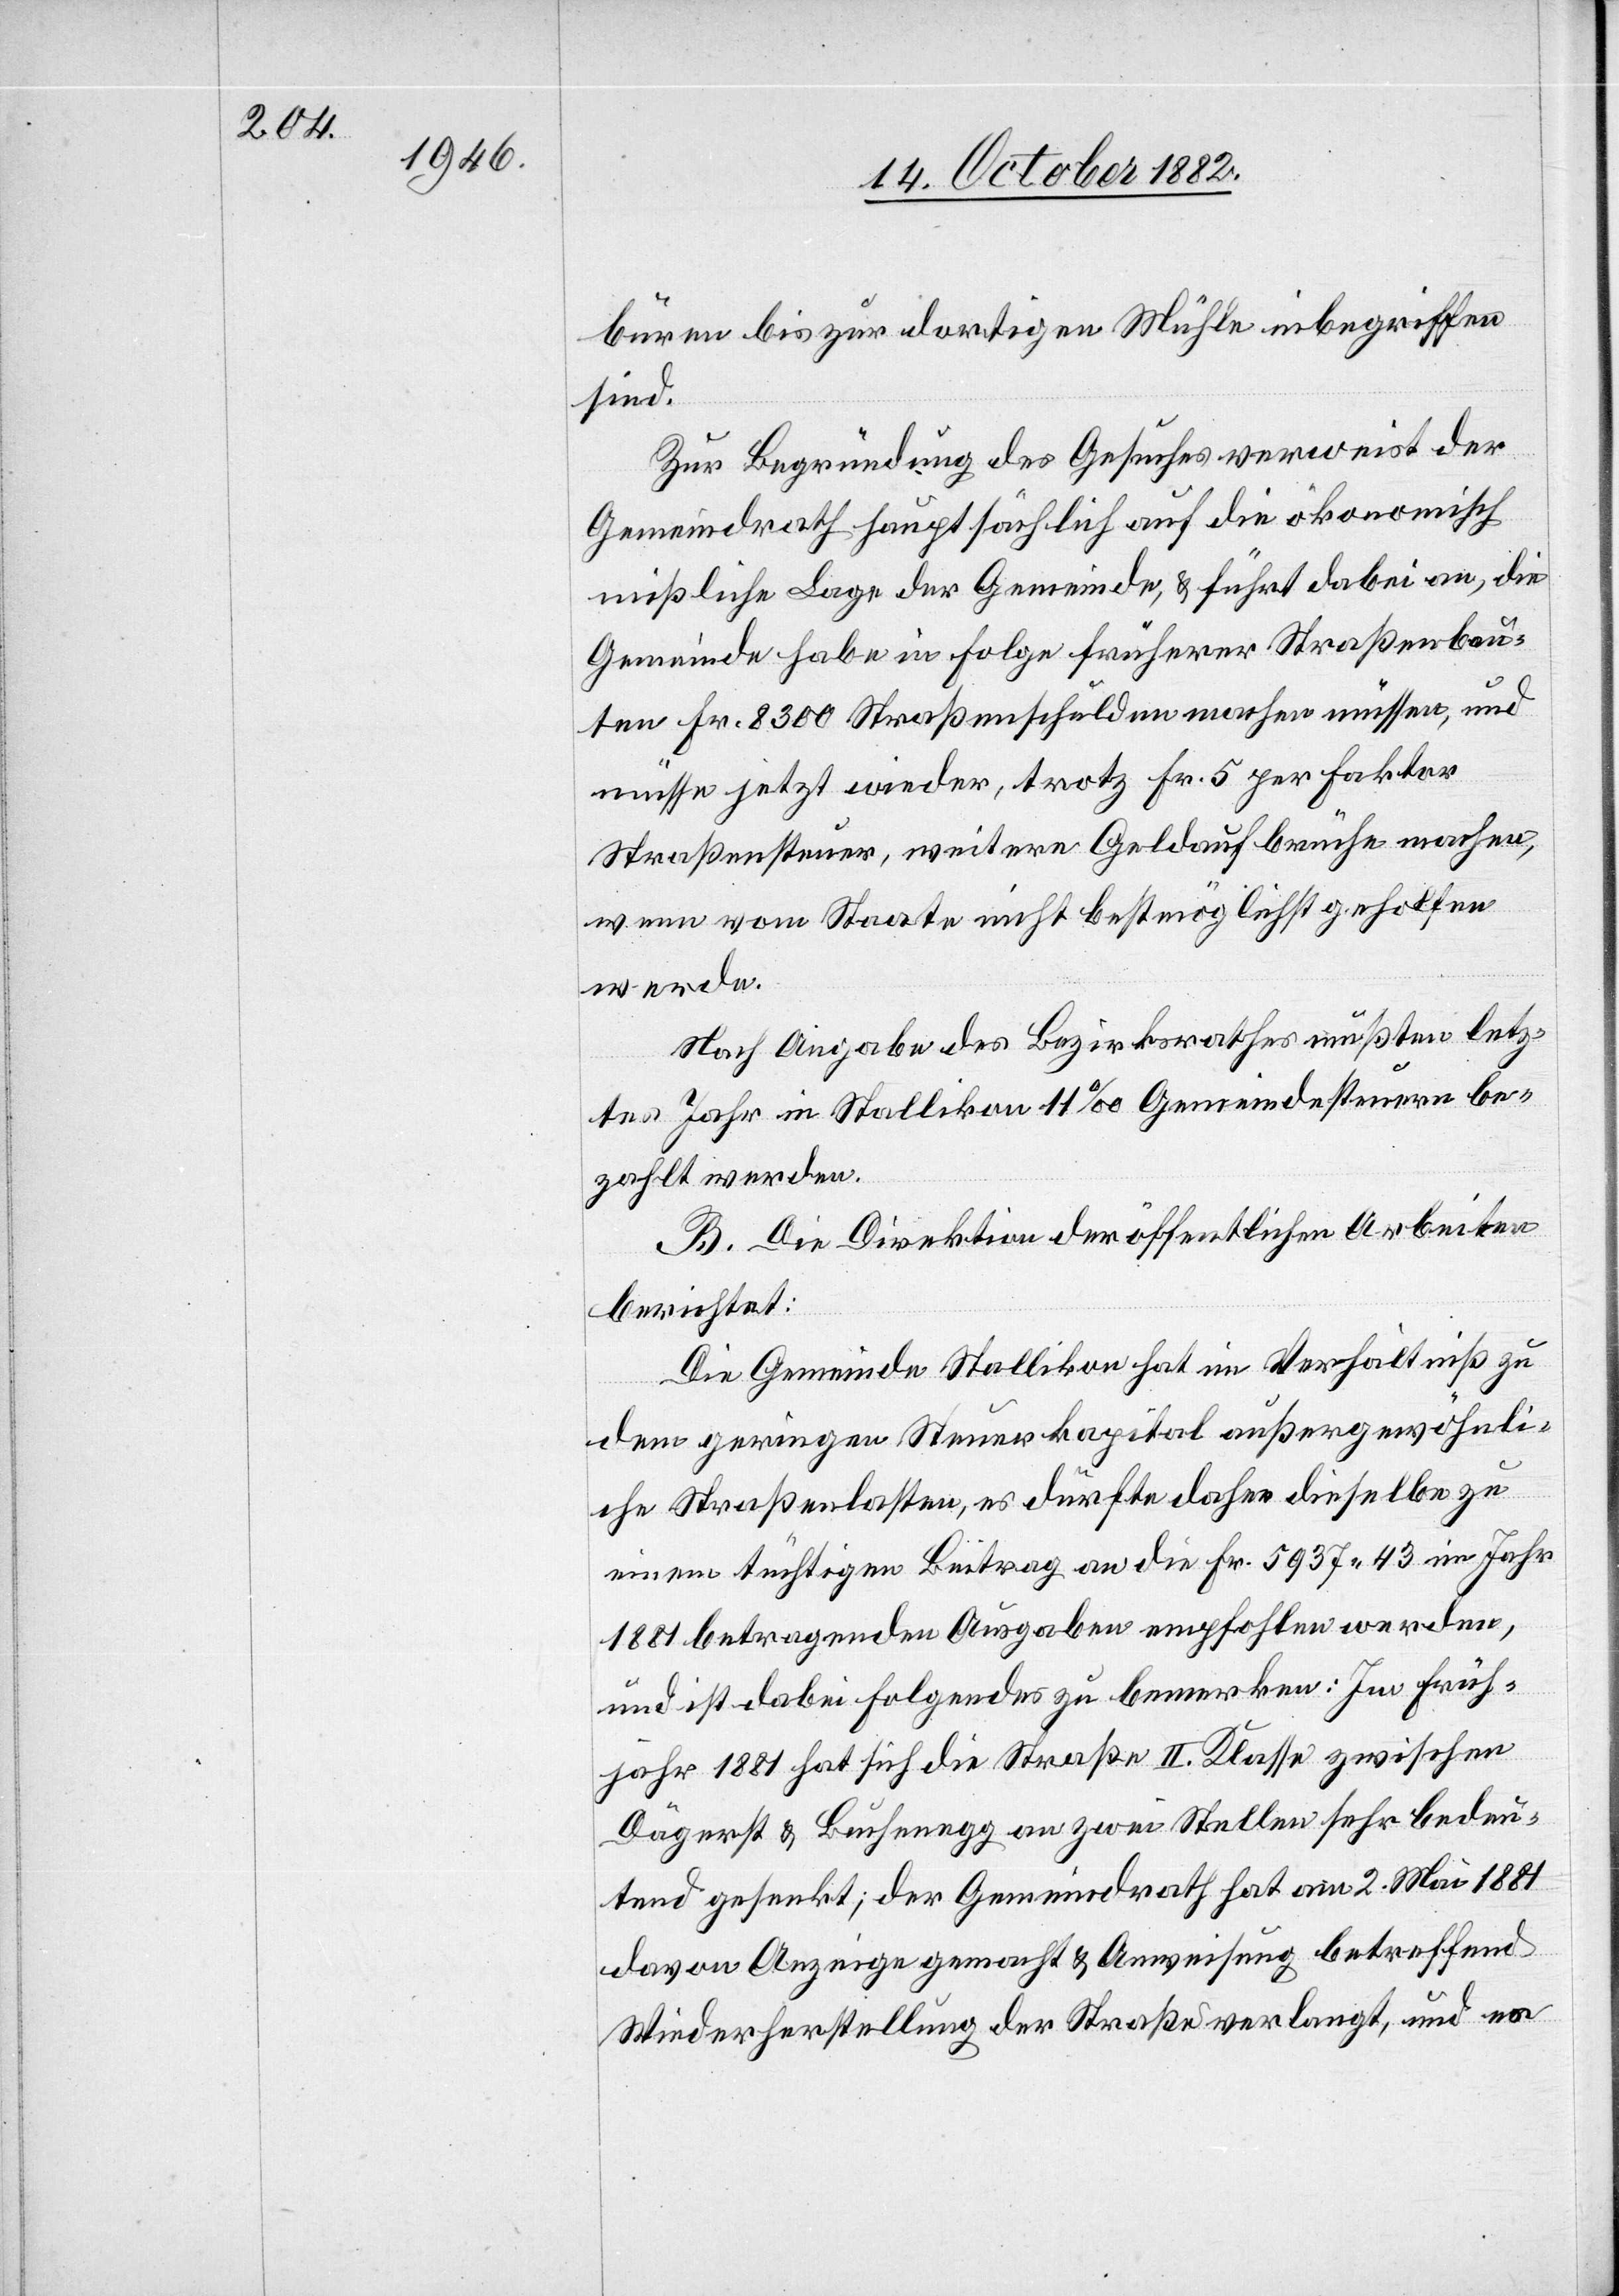
bühren bis zur dortigen Mühle inbegriffen
sind.
Zur Begründung des Gesuches verweist der
Gemeindrath hauptsächlich auf die ökonomisch
mißliche Lage der Gemeinde, & führt dabei an, die
Gemeinde habe in Folge früherer Straßenbau¬
ten Fr. 8300 Straßenschulden machen müssen, und
müsse jetzt wieder, trotz Fr. 5 per Faktor
Straßensteuer, weitere Geldaufbrüche machen,
wenn vom Staate nicht bestmöglichst geholfen
werde.
Nach Angabe des Bezirksrathes mußten letz¬
tes Jahr in Stallikon 11‰ Gemeindesteuern be¬
zahlt werden.
B. Die Direktion der öffentlichen Arbeiten
berichtet:
Die Gemeinde Stallikon hat im Verhältniß zu
dem geringen Steuerkapital außergewöhnli¬
che Straßenlasten, es dürfte daher dieselbe zu
einem tüchtigen Beitrag an die Fr. 5937 43 im Jahr
1881 betragenden Ausgaben empfohlen werden,
und ist dabei Folgendes zu bemerken: Im Früh¬
jahr 1881 hat sich die Straße II. Klasse zwischen
Dägerst & Buchenegg an zwei Stellen sehr bedeu¬
tend gesenkt; der Gemeindrath hat am 2. Mai 1881
davon Anzeige gemacht & Anweisung betreffend
Wiederherstellung der Straße verlangt, und es